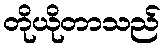
တိုယိုတာသည်